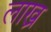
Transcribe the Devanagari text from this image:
लाख्र